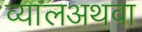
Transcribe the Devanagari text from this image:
व्यालअथवा